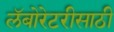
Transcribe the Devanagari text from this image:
लॅबोरेटरीसाठी